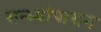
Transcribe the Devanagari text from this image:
सन्ध्याेपासन